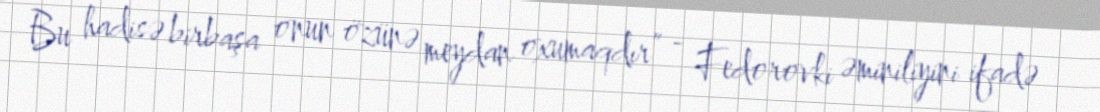
Bu hadisə birbaşa onun özünə meydan oxumaqdır” - Fedorovki əminiliyini ifadə